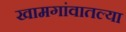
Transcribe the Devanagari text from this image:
खामगांवातल्या